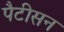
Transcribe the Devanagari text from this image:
पैटीसन